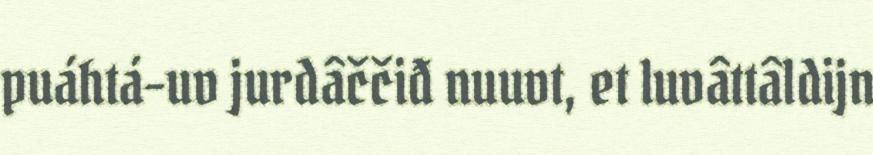
puáhtá-uv jurdâččiđ nuuvt, et luvâttâldijn